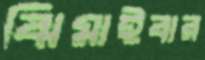
ঝিমাইবার